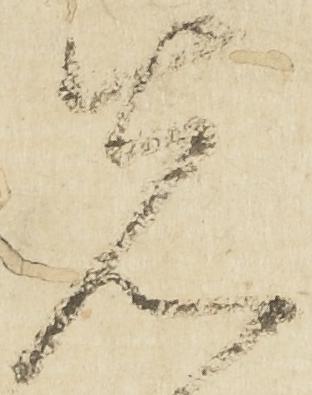
先